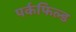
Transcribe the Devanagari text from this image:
पर्कफिल्ड